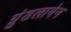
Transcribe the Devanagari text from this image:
ग्रुंडलागेन